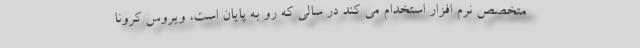
متخصص نرم افزار استخدام می کند در سالی که رو به پایان است، ویروس کرونا